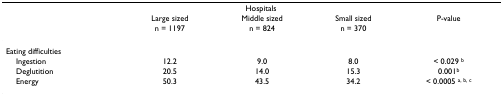
<table><thead><tr><td>[EMPTY_CELL]</td><td colspan="3"><b>Hospitals</b></td><td>[EMPTY_CELL]</td></tr><tr><td>[EMPTY_CELL]</td><td><b>Large sized</b></td><td><b>Middle sized</b></td><td><b>Small sized</b></td><td><b>P-value</b></td></tr><tr><td>[EMPTY_CELL]</td><td><b>n = 1197</b></td><td><b>n = 824</b></td><td><b>n = 370</b></td><td>[EMPTY_CELL]</td></tr></thead><tbody><tr><td>Eating difficulties</td><td>[EMPTY_CELL]</td><td>[EMPTY_CELL]</td><td>[EMPTY_CELL]</td><td>[EMPTY_CELL]</td></tr><tr><td> Ingestion</td><td>12.2</td><td>9.0</td><td>8.0</td><td>&lt; 0.029 <sup>b</sup></td></tr><tr><td> Deglutition</td><td>20.5</td><td>14.0</td><td>15.3</td><td>0.001<sup>b</sup></td></tr><tr><td> Energy</td><td>50.3</td><td>43.5</td><td>34.2</td><td>&lt; 0.0005 <sup>a, b, c</sup></td></tr></tbody></table>